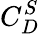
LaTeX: C_{D}^{S}